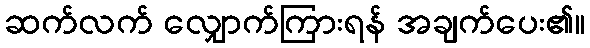
ဆက်လက် လျှောက်ကြားရန် အချက်ပေး၏။